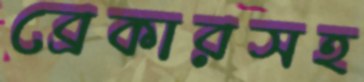
ব্রেকারসহ